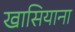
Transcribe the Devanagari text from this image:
खासियाना